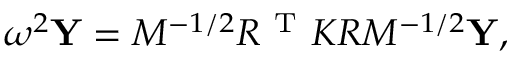
\omega ^ { 2 } \mathbf { Y } = M ^ { - 1 / 2 } R ^ { \mathrm { ~ T ~ } } K R M ^ { - 1 / 2 } \mathbf { Y } ,